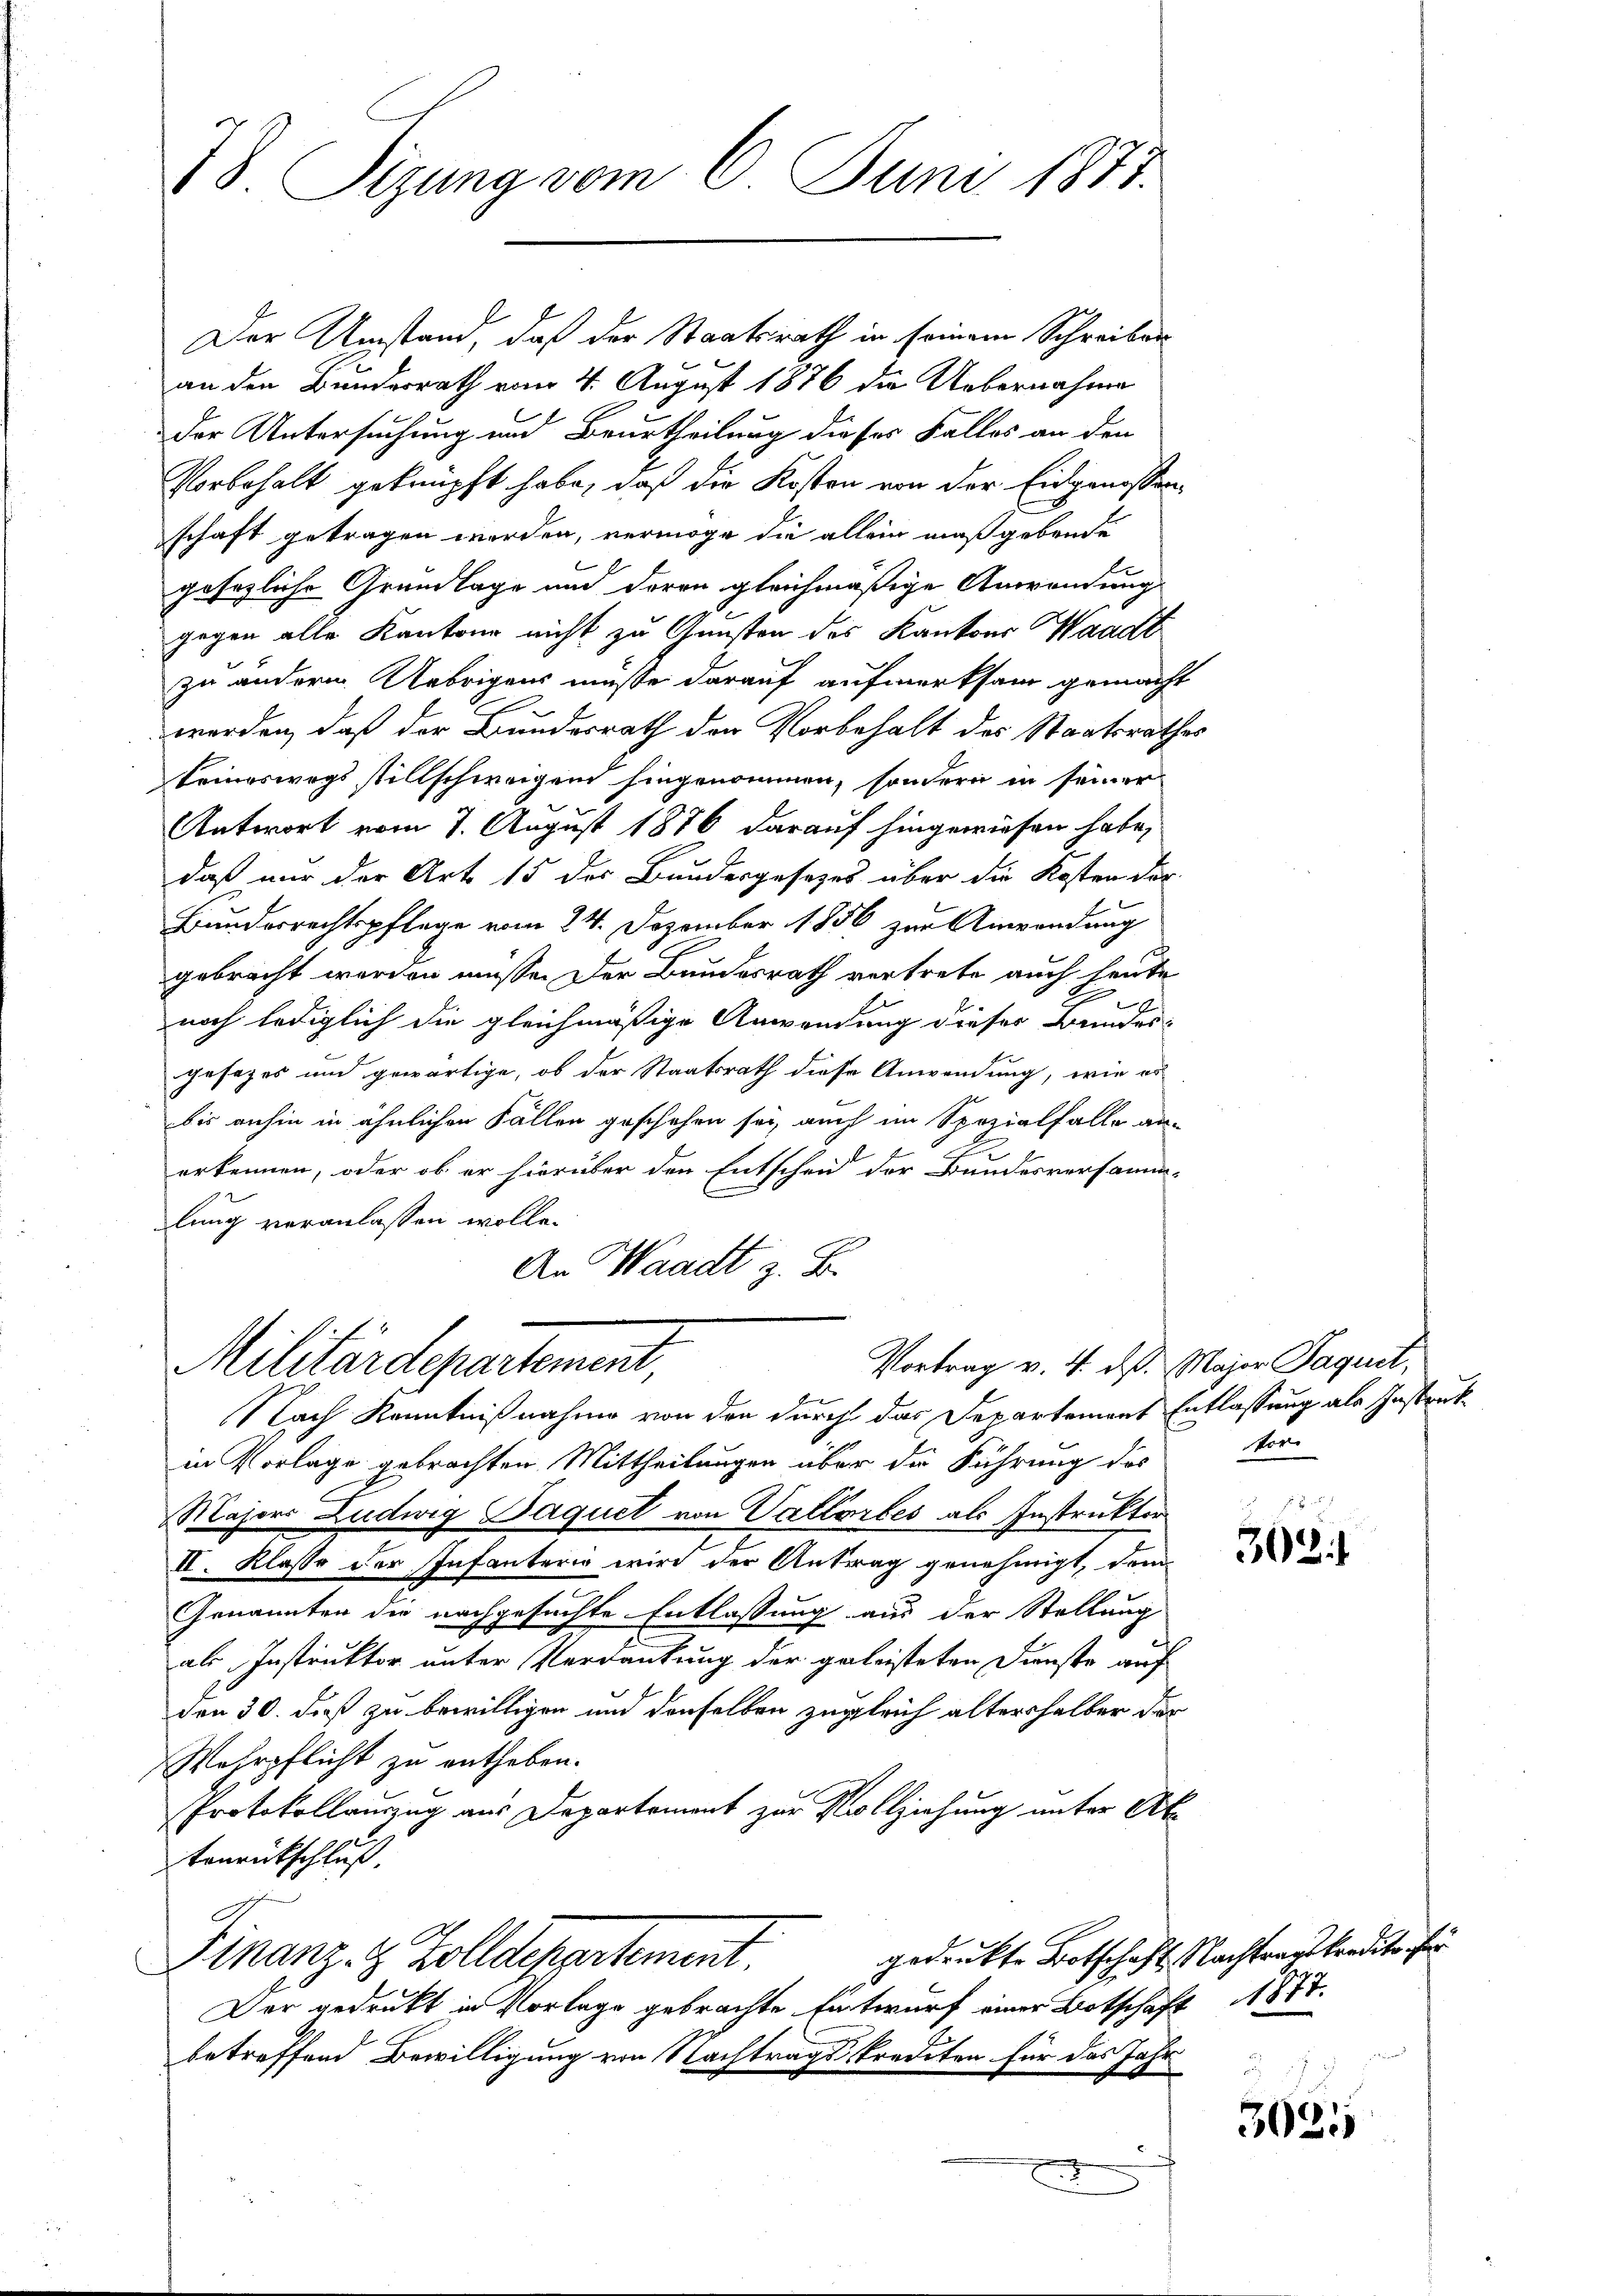
78 Sizung vom 6. Juni 1873.

Der Umstand, daß der Staatsrath in seinem Schreiben
an den Bundesrath vom 4. August 1876 die Uebernahme
der Untersuchung und Beurtheilung dieses Falles an den
Vorbehalt geknüpft habe, daß die Kosten von der Eidgenossenschaft getragen werden, vermöge die allein maßgebende
gesezliche Grundlage und deren gleichmäßige Anwendung
gegen alle Kantone nicht zu Gunsten des Kantons Waadt
zu andern. Uebrigens müsse darauf aufmerksam gemacht
worden, daß der Bundesrath den Vorbehalt des Staatsrathes
keineswegs stillschweigen hingenommen, sondern in seiner
Antwort vom 7. August 1876 darauf hingewiesen habe,
daß nur der Art 15 des Bundergesetzes über die Kosten dar-
Bunderrechtspflege vom 24. Dezember 1856 zur Anwendung
gebracht werden müsse. Der Bundesrath vertrete auch heute
b
noch lediglich die gleichmäßige Anwendung dieser Bundesgesezes und gewärtige, ob der Staatsrath diese Anwendung, wie er
bis anhin in ähnlichen Fallen geschehen sei, auch im Spezialfalle an-
erkennen, oder ob er hierüber den Entscheid der Bundesversamm-
lung veranlassen wolle.
An Waadt z. B.

Vortrag v. 4. dß. Major Paquet,
Militärdepartement,

Nach Kenntnißnahme von den durch das Departement Entlassung als Instruk
in Vorlage gebrachten Mittheilungen über die Führung des Ver-
Majors Ludwig Paquet von Vallorbes als Instruktor
II. Klasse der Infanterig wird der Antrag genehmigt, dem
Genannten die nachgesuchte Entlassung aus der Stellung
als Instruktor unter Verdankung der geleisteten Dienste auf
den 30. daß zu bewilligen und denselben zugleich alterhalber der
Wehrpflicht zu entheben.
Protokollauszug aus Departement zur Vollziehung unter Altonentschluß.
gedruckte Botschaft Nachtragskredite für
Finanz. Z. Zolldepartement.
Der gedruckt in Vorlage gebrachte Entwurf einer Botschaft 1877.
betreffend Bewilligung von Nachtragskrediten für das Jahr

303

3085